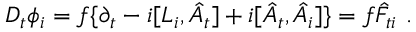
D _ { t } \phi _ { i } = f \{ \partial _ { t } - i [ L _ { i } , \hat { A } _ { t } ] + i [ \hat { A } _ { t } , \hat { A } _ { i } ] \} = f \hat { F } _ { t i } \ .